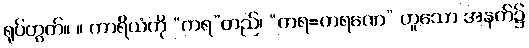
ရုပ်တွက်။ ။ ကာရိယံကို “ကရ”တည်၊ “ကရ=ကရဏေ” ဟူသော အနက်၌